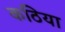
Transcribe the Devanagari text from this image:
कठिया